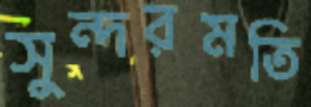
সুন্দরমতি